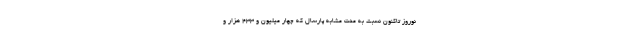
نوروز تاکنون نسبت به مدت مشابه پارسال که چهار میلیون و ۴۳۳ هزار و